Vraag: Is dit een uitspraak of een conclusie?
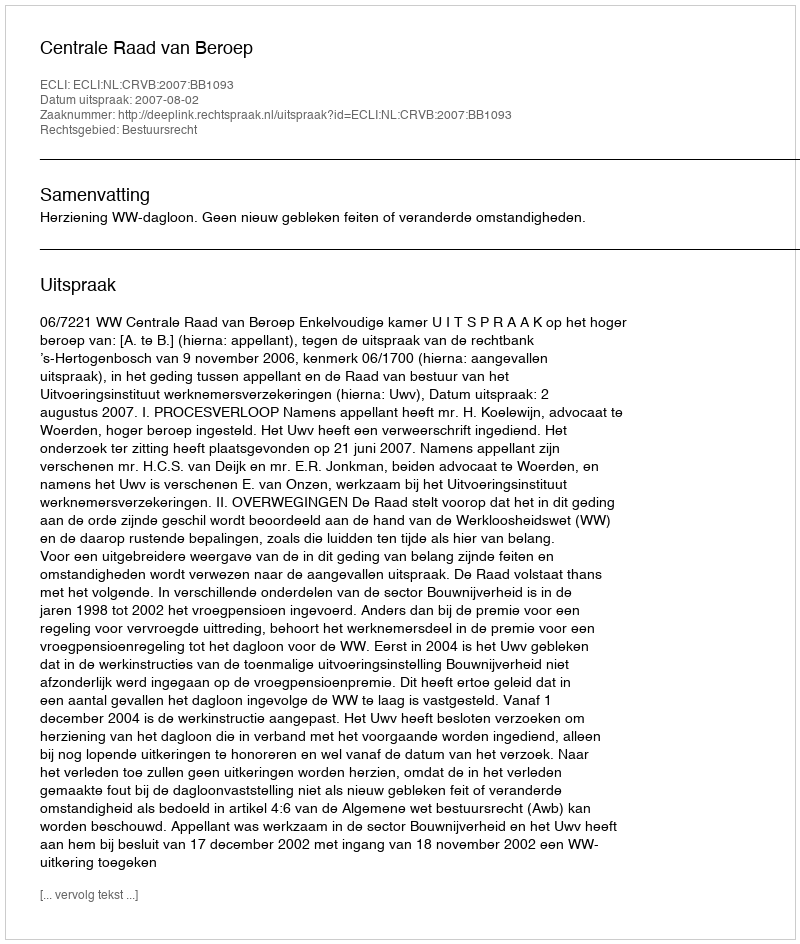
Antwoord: Uitspraak